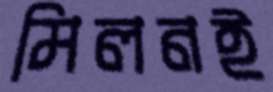
মিলনই